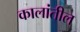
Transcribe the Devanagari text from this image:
कालांतील